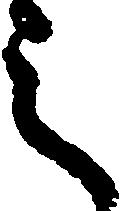
之